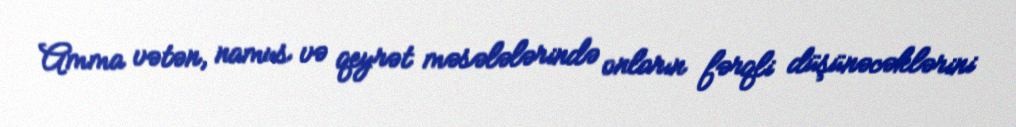
Amma vətən, namus və qeyrət məsələlərində onların fərqli düşünəcəklərini